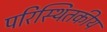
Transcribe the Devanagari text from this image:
परिस्थितकीय